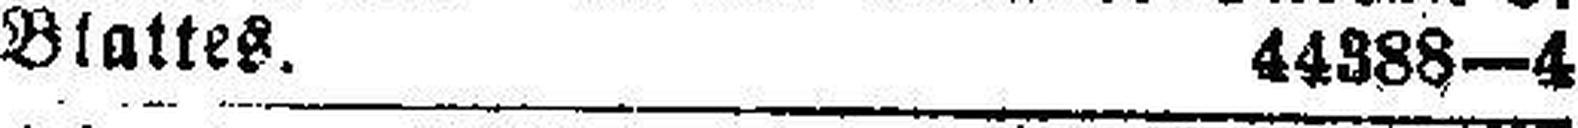
Blattes. 44388—4